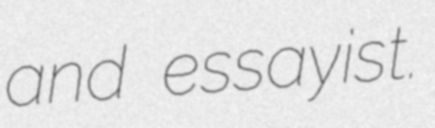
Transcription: and essayist.